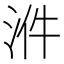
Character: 𣴓